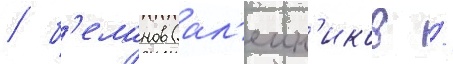
/ б'еланов (ал'еин'иков /